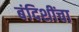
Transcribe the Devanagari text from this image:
बंदिशींचा